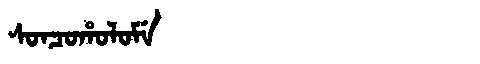
Manchu: ᠰᠣᠨᠴᠣᡥᠣᠯᠣᠮᡝ
Romanization: SONCOHOLOME